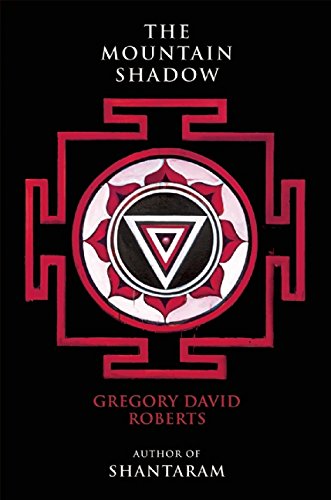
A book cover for The Mountain Shadow; Gregory David Roberts; Literature & Fiction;